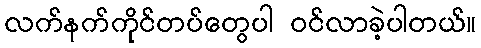
လက်နက်ကိုင်တပ်တွေပါ ဝင်လာခဲ့ပါတယ်။